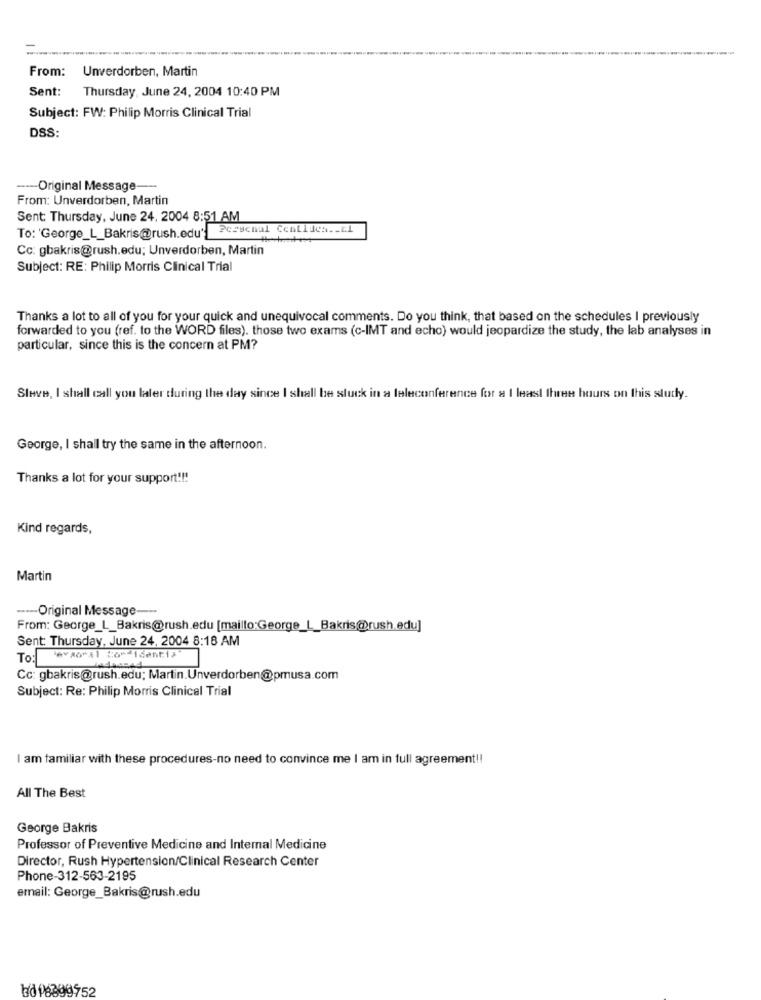
From:
Unverdorben, Martin
Sent: Thursday, June 24, 2004 10:40 PM
Subject: FW: Philip Morris Clinical Trial
DSS:
---- Original Message-
From: Unverdorben, Martin
Sent: Thursday, June 24, 2004 8:51 AM
To: 'George_L_Bakris@rush.edu' Pcrschal Centides .- El
Cc: gbakris@rush.edu; Unverdorben, Martin
Subject: RE: Philip Morris Clinical Trial
Thanks a lot to all of you for your quick and unequivocal comments. Do you think, that based on the schedules I previously
forwarded to you (ref. to the WORD files). those two exams (c-IMT and echo) would jeopardize the study, the lab analyses in
particular, since this is the concern at PM?
Steve, I shall call you later during the day since I shall be stuck in a teleconference for a I least three hours on this study.
George, I shall try the same in the afternoon.
Thanks a lot for your support !!!
Kind regards,
Martin
----- Original Message ---
From: George_L_Bakris@rush.edu [mailto:George_L_Bakris@rush.edu]
Sent: Thursday, June 24, 2004 8:18 AM
To: evaoral Com identiz
Cc: gbakris@rush.edu; Martin.Unverdorben@pmusa.com
Subject: Re: Philip Morris Clinical Trial
I am familiar with these procedures-no need to convince me I am in full agreement !!
All The Best
George Bakris
Professor of Preventive Medicine and Internal Medicine
Director, Rush Hypertension/Clinical Research Center
Phone-312-563-2195
email: George_Bakris@rush.edu
bd P6399752